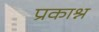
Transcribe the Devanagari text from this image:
प्रकाश्न